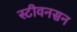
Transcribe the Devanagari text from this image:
स्टीवनसन